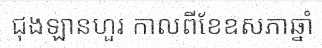
ជុងឡានហួរ កាលពីខែឧសភាឆ្នាំ